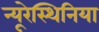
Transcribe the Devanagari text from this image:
न्यूरेस्थिनिया